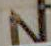
N